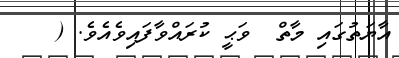
އާޔަތުގައި މާތް  ވަޙީ ކުރައްވާފައިވެއެވެ. (